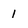
Character: I